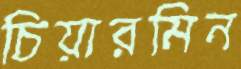
চিয়ারমিন